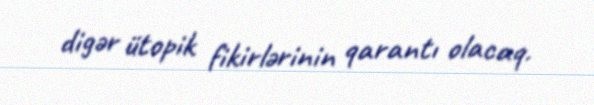
digər ütopik fikirlərinin qarantı olacaq.